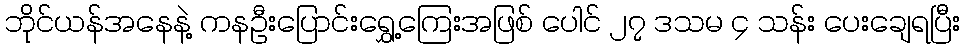
ဘိုင်ယန်အနေနဲ့ ကနဦးပြောင်းရွှေ့ကြေးအဖြစ် ပေါင် ၂၇ ဒသမ ၄ သန်း ပေးချေရပြီး